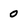
Character: 0